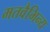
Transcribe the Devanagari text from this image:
मतवैभिन्य